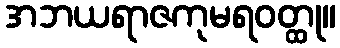
အဘယရာဇကုမရဝတ္ထု။